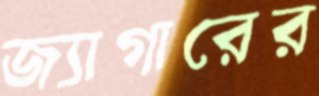
জ্যাগারের